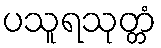
ပသူရသုတ္တံ